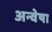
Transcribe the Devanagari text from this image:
अन्वेषा